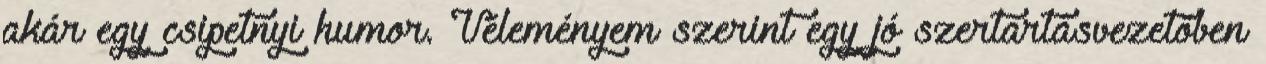
akár egy csipetnyi humor. Véleményem szerint egy jó szertartásvezetőben